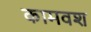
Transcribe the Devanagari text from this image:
कामवश